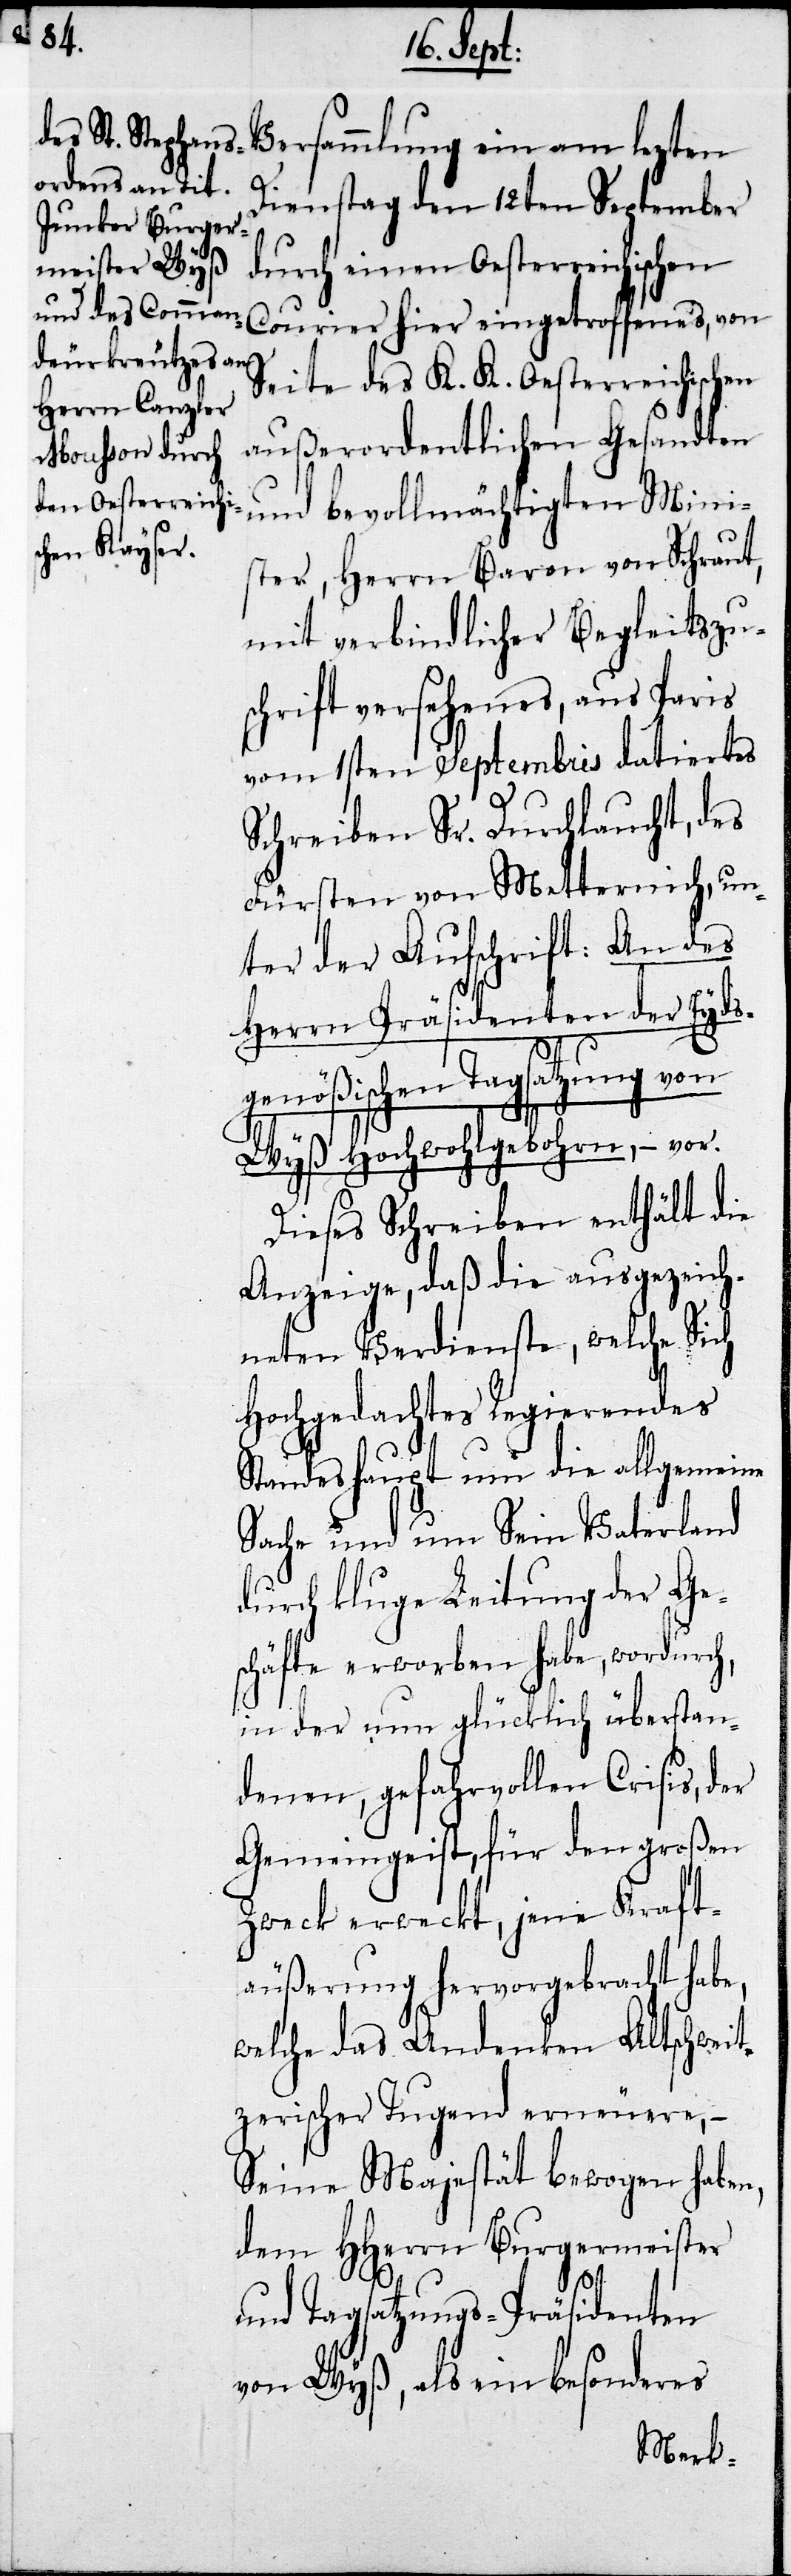
Dienstag den 12ten September
durch einen Oesterreichischen
Courier hier eingetroffenes, von
Seite des K. K. Oestrreichischen
außerordentlichen Gesandten
und bevollmächtigten Mini¬
sters, Herrn Baron von Schraut,
mit verbindlicher Begleitzu¬
schrift versehenes, aus Paris
vom 1sten Septembris datiertes
Schreiben Sr. Durchlaucht, des
Fürsten von Metternich, un¬
ter der Aufschrift: An des
Herrn Präsidenten der Eyds¬
genößischen Tagsatzung von
Wyß Hochwohlgebohren, – vor.
Dieses Schreiben enthält die
Anzeige, daß die ausgezeich¬
neten Verdienste, welche Sich
Hochgedachtes Regierendes
Standeshaupt um die allgemeine
Sache und um Sein Vaterland
durch kluge Leitung der Ge¬
schäfte erworben habe, wordurch,
in der nun glücklich überstan¬
denen, gefahrvollen Crisis, der
Gemeingeist, für den großen
Zweck erweckt, jene Kraft¬
äußerung hervorgebracht habe,
welche das Andenken Altschweit¬
zerischer Tugend erneuere, –
Seine Majestät bewogen haben,
dem HHerrn Burgermeister
und Tagsatzungs-Präsidenten
von Wyß, als ein besonderes